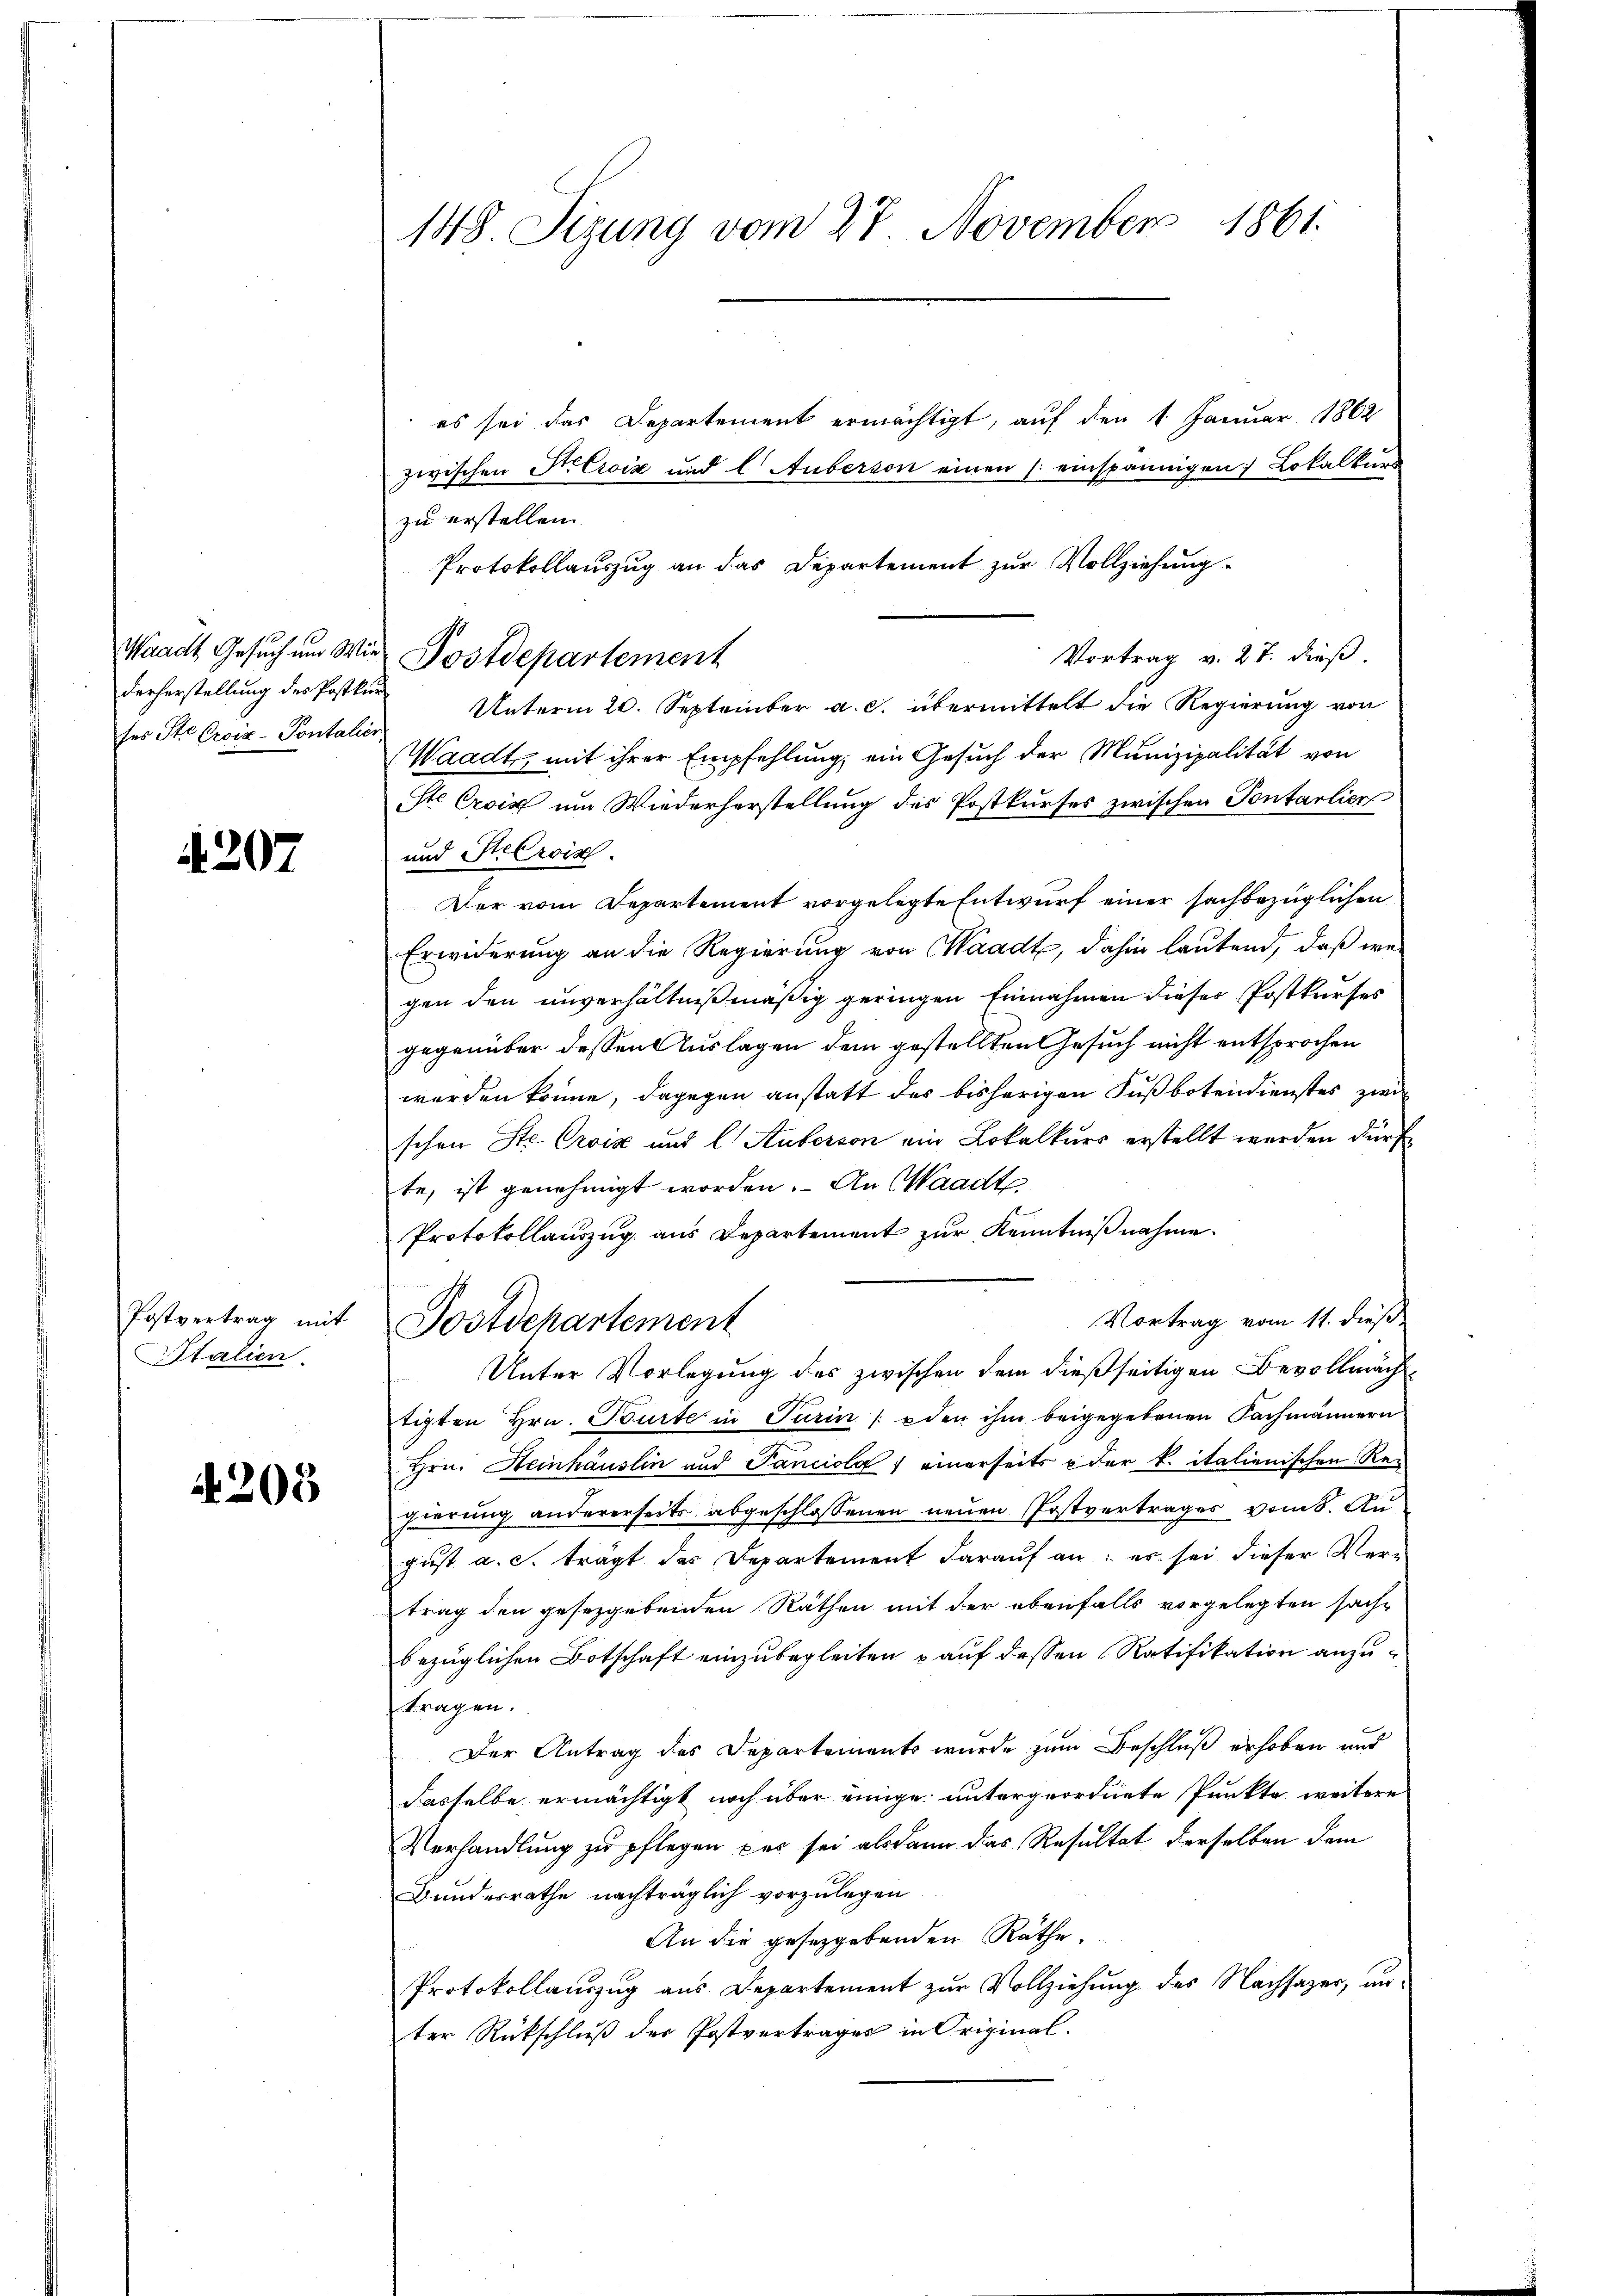
derherstellung der Postkurses Ste Croiz-Pontalier,

4207

Postvertrag mit
Italien.

4205

148 Sizung vom 27. November 1861.

es sei das Departement ermächtigt, auf den 1. Januar 1862
zwischen Kreiz und l Auberson einen (einspännigen Lokalkund
zu erstellen.
Protokollauszug an das Departement zur Vollziehung
Unterm 20. September a. c. übermittelt die Regierung von
Waadt, mit ihrer Empfehlung, ein Gesuch der Munizipalität von
ste Croix um Wiederherstellung des Postkurses zwischen Pontarlier
und Heerois
Der vom Departement vorgelegte Entwurf einer sachbezüglichen
Erwiderung an die Regierung von Waadt, dahin lautend, daß we
gen den unverhältnißmäßig geringen Einnahmen dieser Postkurfes
gegenüber dessen Auslagen dem gestellten Gesuch nicht entsprochen
werden könne, dagegen anstatt des bisherigen Fußbotendienstes zwi
schen Ste Croix und C. Auberson ein Lokalkurs erstellt werden dürf
te, ist genehmigt worden. An Waadt
Protokollauszug aus Departement zŭr Kenntnißnahme.
Vortrag vom 11. dieß
Tostschartement
Unter Vorlegung des zwischen dem dießseitigen Bevollmach
tigten Hrn. Tourte in Turin / den ihm beigegebenen Fachmännern
Hrn. Heinhäuslin und Panciola einerseits der k. italienischen Regierung andererseits abgeschlossenen neuen Postvertrages vom 8. Au
gŭst a. c. trägt das Departement darauf an: es sei dieser Vertrag den gesetzgebenden Räthen mit der ebenfalls vorgelegten sach-
bezüglichen Botschaft einzubegleiten auf dessen Ratifikation anzutragen.
Der Antrag des Departements wurde zum Beschluß erhoben und
dasselbe ermächtigt noch über einige untergeordnete Punkte, weitere
Verhandlung zu pflegen pas sei alsdann das Resultat derselben dem
Bundesrathe nachträglich vorzulegen
An die gesetzgebenden Räthe,
Protokollauszug aus Departement zur Vollziehung des Nachsazer, unter Rückschluß der Postvertrages in Original¬

Waadt Gesuch um Wie Postdepartement

Vortrag v. 27. dieß.